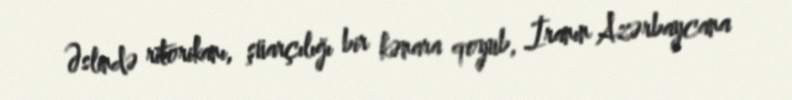
Əslində ritorikanı, şüarçılığı bir kənara qoyub, İranın Azərbaycana